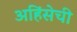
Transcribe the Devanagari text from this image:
अहिंसेची